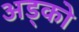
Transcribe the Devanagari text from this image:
अड्को